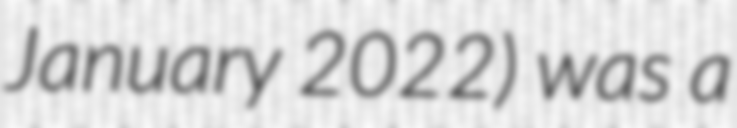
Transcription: January 2022) was a